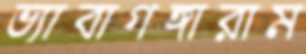
ভ্যাবাগঙ্গারাম